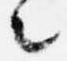
々